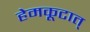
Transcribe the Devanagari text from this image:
हेमकूटात्